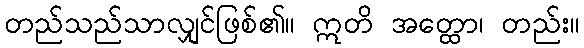
တည်သည်သာလျှင်ဖြစ်၏။ ဣတိ အတ္ထော၊ တည်း။